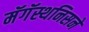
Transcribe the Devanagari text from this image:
मॅगॅस्थनिसने